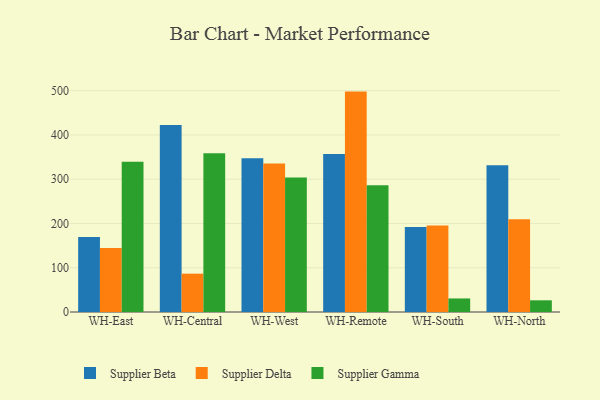
{"axis": {"x": "Warehouse", "y": "Production Output"}, "legend": ["Supplier Beta", "Supplier Delta", "Supplier Gamma"], "data": [{"x": "WH-East", "y": 169.4, "type": "Supplier Beta"}, {"x": "WH-East", "y": 144.3, "type": "Supplier Delta"}, {"x": "WH-East", "y": 339.2, "type": "Supplier Gamma"}, {"x": "WH-Central", "y": 422.5, "type": "Supplier Beta"}, {"x": "WH-Central", "y": 86.6, "type": "Supplier Delta"}, {"x": "WH-Central", "y": 358.5, "type": "Supplier Gamma"}, {"x": "WH-West", "y": 347.4, "type": "Supplier Beta"}, {"x": "WH-West", "y": 335.6, "type": "Supplier Delta"}, {"x": "WH-West", "y": 303.7, "type": "Supplier Gamma"}, {"x": "WH-Remote", "y": 357.0, "type": "Supplier Beta"}, {"x": "WH-Remote", "y": 497.9, "type": "Supplier Delta"}, {"x": "WH-Remote", "y": 286.2, "type": "Supplier Gamma"}, {"x": "WH-South", "y": 192.2, "type": "Supplier Beta"}, {"x": "WH-South", "y": 195.6, "type": "Supplier Delta"}, {"x": "WH-South", "y": 30.6, "type": "Supplier Gamma"}, {"x": "WH-North", "y": 331.8, "type": "Supplier Beta"}, {"x": "WH-North", "y": 209.5, "type": "Supplier Delta"}, {"x": "WH-North", "y": 26.4, "type": "Supplier Gamma"}]}